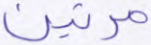
مرتين